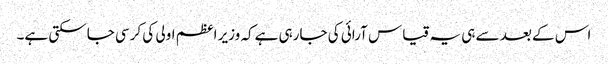
اس کے بعد سے ہی یہ قیاس آرائی کی جارہی ہےکہ وزیر اعظم اولی کی کرسی جاسکتی ہے۔